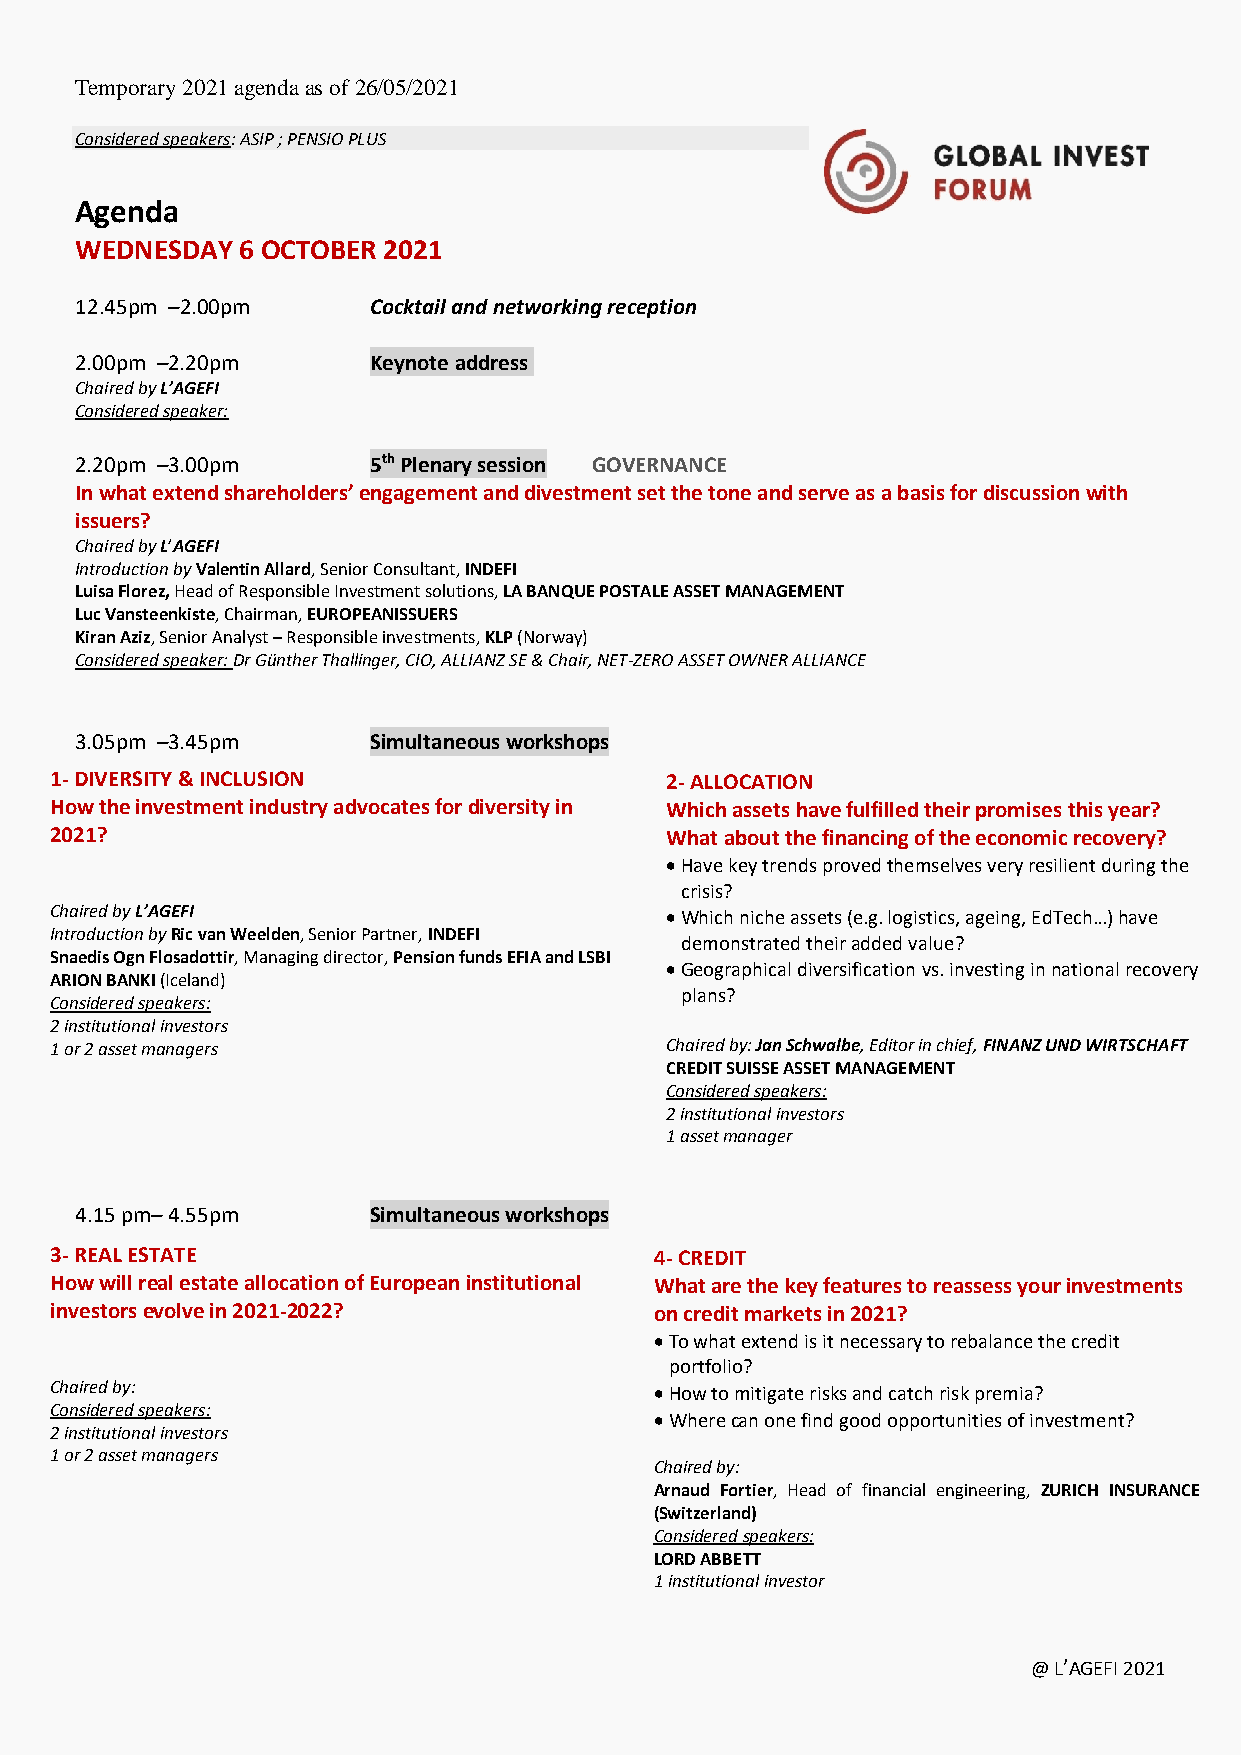
Temporary 2021 agenda as of 26/05/2021
 Considered speakers: ASIP ; PENSIO PLUS
 Agenda
 WEDNESDAY  6 OCTOBER 2021
 12.45pm –2.00pm    Cocktail and networking reception
 2.00pm –2.20pm     Keynote address
 Chaired by L’AGEFI
 Considered speaker:
 2.20pm –3.00pm     5th Plenary session GOVERNANCE
 In what extend shareholders’ engagement and divestment set the tone and serve as a basis for discussion with
 issuers?
 Chaired by L’AGEFI
 Introduction by Valentin Allard, Senior Consultant, INDEFI
 Luisa Florez, Head of Responsible Investment solutions, LA BANQUE POSTALE ASSET MANAGEMENT
 Luc Vansteenkiste, Chairman, EUROPEANISSUERS
 Kiran Aziz, Senior Analyst – Responsible investments, KLP (Norway)
 Considered speaker: Dr Günther Thallinger, CIO, ALLIANZ SE & Chair, NET-ZERO ASSET OWNER ALLIANCE
 3.05pm –3.45pm     Simultaneous workshops
 1- DIVERSITY & INCLUSION                 2- ALLOCATION
 How the investment industry advocates for diversity in Which assets have fulfilled their promises this year?
 2021?                                    What about the financing of the economic recovery?
 • Have key trends proved themselves very resilient during the
 crisis?
 Cha ired by L’AGEFI                      • Which niche assets (e.g. logistics, ageing, EdTech…) have
 Introduction by Ric van Weelden, Senior Partner, INDEFI
 demonstrated their added value?
 Snaedis Ogn Flosadottir, Managing director, Pension funds EFIA and LSBI
 • Geographical diversification vs. investing in national recovery
 ARION BANKI (Iceland)
 Con sidered speakers:
 plans?
 2 in stitutional investors
 1 or 2 asset managers                    Chaired by: Jan Schwalbe, Editor in chief, FINANZ UND WIRTSCHAFT
 3.45pm –4.15pm     Networking break    CREDIT SUISSE ASSET MANAGEMENT
 Considered speakers:
 2 institutional investors
 1 asset manager
 4.15 pm– 4.55pm    Simultaneous workshops
 3- REAL ESTATE                          4- CREDIT
 How will real estate allocation of European institutional What are the key features to reassess your investments
 inv estors evolve in 2021-2022?         on credit markets in 2021?
 • To what extend is it necessary to rebalance the credit
 portfolio?
 Cha ired by:                            • How to mitigate risks and catch risk premia?
 Considered speakers:
 • Where can one find good opportunities of investment?
 2 institutional investors
 1 or 2 asset managers
 Chaired by:
 Arnaud Fortier, Head of financial engineering, ZURICH INSURANCE
 (Switzerland)
 Considered speakers:
 LORD ABBETT
 1 institutional investor
 @ L’AGEFI 2021